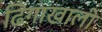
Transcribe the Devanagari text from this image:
ढिगाखाली